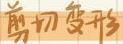
剪切变形